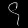
Digit: ၄